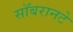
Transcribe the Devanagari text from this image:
सॉबरानटे